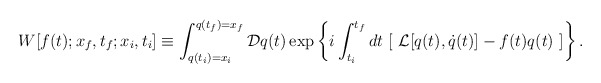
\begin{align*}W [ f(t); x_f, t_f; x_i, t_i ]\equiv \int_{q(t_i) = x_i}^{q(t_f) = x_f} {\cal D} q(t) \exp \left\{ i \int_{t_i}^{t_f} d t \ [ \ {\cal L} [ q(t), \dot q (t)] - f(t) q(t) \ ] \right\}.\end{align*}